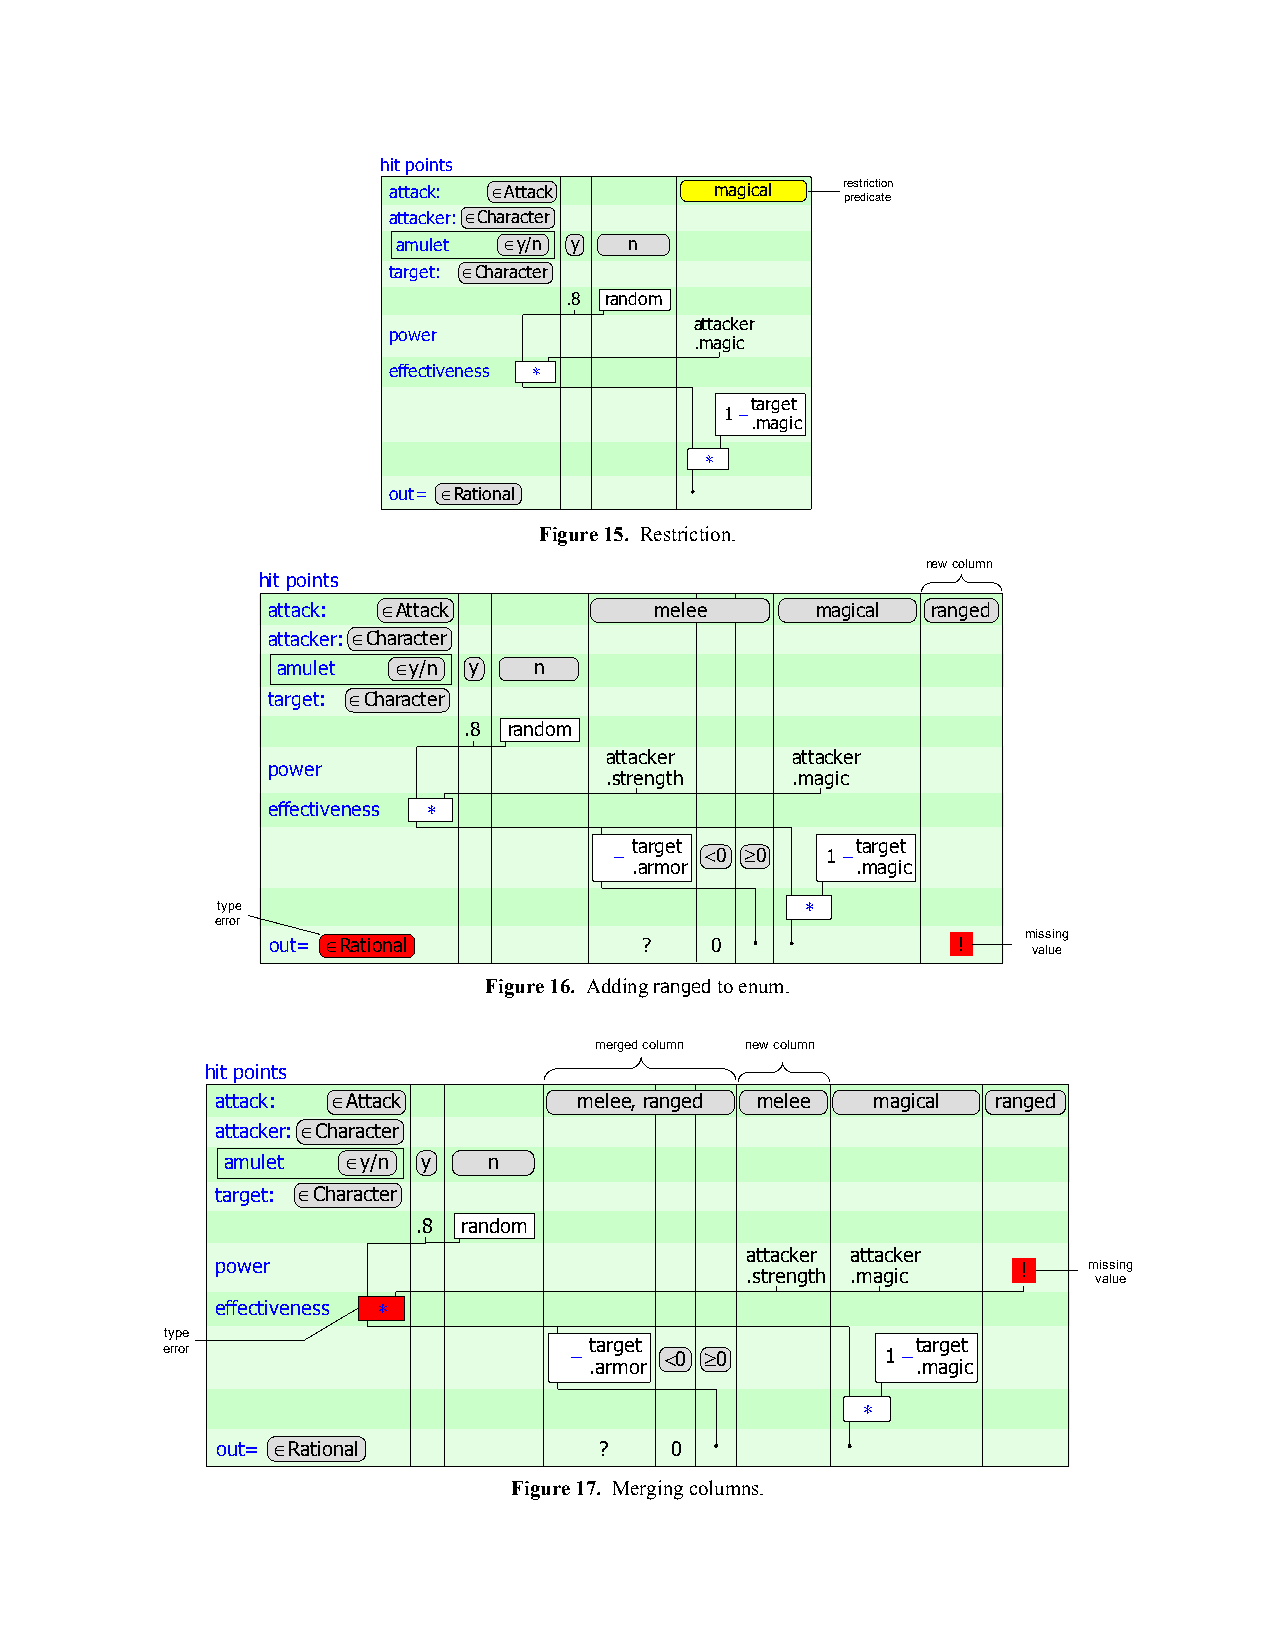
hit points
 attack: Attack      magical  restriction
 predicate
 attacker: Character
 amulet y/n y   n
 target: Character
 .8 random
 attacker
 power
 .magic
 effectiveness 
 target
 1 
 .magic
 
 out= Rational
 Figure 15. Restriction.
 new column
 hit points
 attack: Attack          melee      magical ranged
 attacker: Character
 amulet  y/n y   n
 target: Character
 .8 random
 attacker    attacker
 power
 .strength   .magic
 effectiveness 
 target         target
      0 0   1 
 .armor         .magic
 type                                   
 error
 missing
 out= Rational          ?    0               !
 value
 Figure 16. Adding ranged to enum.
 merged column new column
 hit points
 attack: Attack         melee, ranged melee magical ranged
 attacker: Character
 amulet  y/n y   n
 target: Character
 .8 random
 attacker attacker
 power                                                 !   missing
 .strength .magic        value
 effectiveness 
 type
 target                target
 error                           0 0          1 
 .armor                .magic
 
 out= Rational            ?   0
 Figure 17. Merging columns.